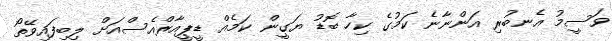
ވަސީމު އެނބުރި އަންނާނެ ކަމުގެ ކިހާ ބޮޑު ޔަގީން ކަމެއް ޑީޕީއާރްއެސްއަށް ލިބިފައިވޭތޯ